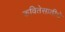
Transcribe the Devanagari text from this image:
कवितेसाठीचे